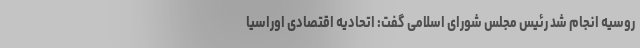
روسیه انجام شد رئیس مجلس شورای اسلامی گفت: اتحادیه اقتصادی اوراسیا